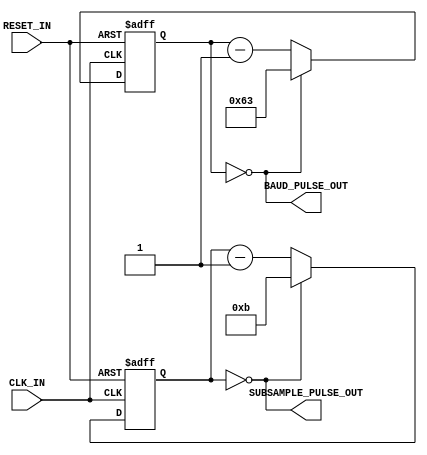
module spio_uart_baud_gen#( // The number of ticks before the timer expires.
                            parameter PERIOD = 100
                            // The number of bits to use for the internal timer
                            // (must be enough to represent PERIOD-1)
                          , parameter NUM_BITS = 7
                          )
                          ( // Input clock source
                            input wire CLK_IN
                            // Asynchronous active-high reset
                          , input wire RESET_IN
                            // A single-cycle pulse every PERIOD clock ticks
                          , output wire BAUD_PULSE_OUT
                            // A single-cycle pulse (approximately) every
                            // PERIOD/8 clock ticks, for sub-sampling an
                            // incoming signal.
                          , output wire SUBSAMPLE_PULSE_OUT
                          );

// The baud pulse counter
reg [NUM_BITS-1:0] counter_i;
always @ (posedge CLK_IN, posedge RESET_IN)
	if (RESET_IN)
		counter_i <= PERIOD-1;
	else
		if (counter_i == 0)
			counter_i <= PERIOD-1;
		else
			counter_i <= counter_i - 1;

assign BAUD_PULSE_OUT = counter_i == {NUM_BITS{1'b0}};

// The subsampling pulse counter
reg [NUM_BITS-3-1:0] counter8_i;
always @ (posedge CLK_IN, posedge RESET_IN)
	if (RESET_IN)
		counter8_i <= (PERIOD>>3)-1;
	else
		if (counter8_i == 0)
			counter8_i <= (PERIOD>>3)-1;
		else
			counter8_i <= counter8_i - 1;

assign SUBSAMPLE_PULSE_OUT = counter8_i == {(NUM_BITS-3){1'b0}};

endmodule